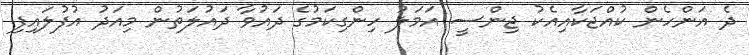
ދެ އަންހެން ކުއްޖަކާއިއެކު ޖިންސީ އަމަލު ހިންގިކަމުގެ ދައުވާ ދައުލަތުން މިއަދު އުފުލައިފި